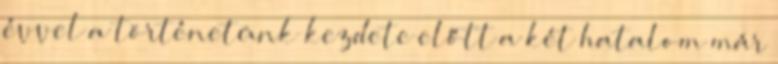
évvel a történetünk kezdete előtt a két hatalom már